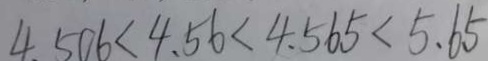
4 . 5 0 6 < 4 . 5 6 < 4 . 5 6 5 < 5 . 6 5